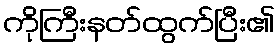
ကိုကြီးနတ်ထွက်ပြီး၏